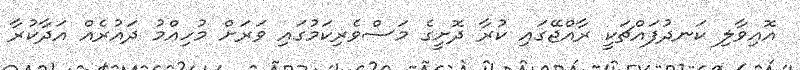
އޮއިވާލި ކަނދުފައްޗަކީ ރާއްޖޭގައި ކުރާ ދޮށީގެ މަސްވެރިކަމުގައި ވަރަށް މުހިއްމު ދައުރެއް އަދާކުރާ